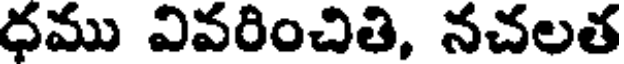
ధము వివరించితి, నచలత